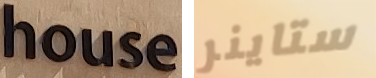
house ستاينر